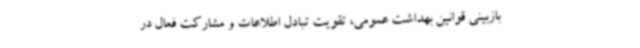
بازبینی قوانین بهداشت عمومی، تقویت تبادل اطلاعات و مشارکت فعال در